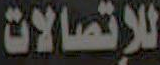
للإتصالات